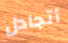
أتجادل